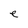
Character: e